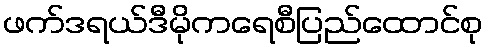
ဖက်ဒရယ်ဒီမိုကရေစီပြည်ထောင်စု